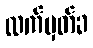
လက်မှတ်ခ